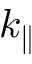
k _ { \parallel }